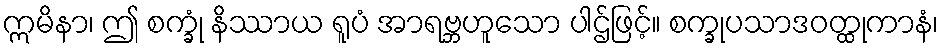
ဣမိနာ၊ ဤ စက္ခုံ နိဿာယ ရူပံ အာရဗ္ဘဟူသော ပါဌ်ဖြင့်။ စက္ခုပသာဒဝတ္ထုကာနံ၊